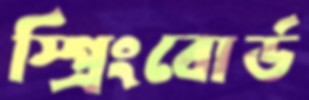
স্প্রিংবোর্ড